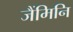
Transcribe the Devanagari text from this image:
जैंमिनि